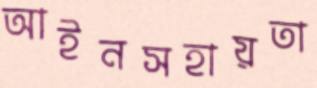
আইনসহায়তা